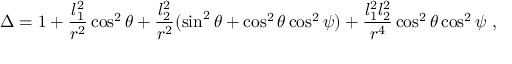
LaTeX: \Delta = 1 + \frac { l _ { 1 } ^ { 2 } } { r ^ { 2 } } \cos ^ { 2 } \theta + \frac { l _ { 2 } ^ { 2 } } { r ^ { 2 } } ( \sin ^ { 2 } \theta + \cos ^ { 2 } \theta \cos ^ { 2 } \psi ) + \frac { l _ { 1 } ^ { 2 } l _ { 2 } ^ { 2 } } { r ^ { 4 } } \cos ^ { 2 } \theta \cos ^ { 2 } \psi \ ,